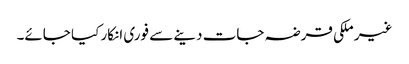
غیر ملکی قرضہ جات دینے سے فوری انکار کیا جائے۔